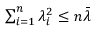
\begin{array} { r } { \sum _ { i = 1 } ^ { n } \lambda _ { i } ^ { 2 } \le n \bar { \lambda } } \end{array}